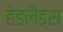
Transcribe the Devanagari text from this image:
हेडलैंड्स